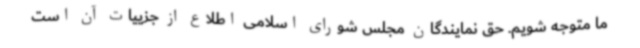
ما متوجه شویم. حق نمایندگان مجلس شورای اسلامی اطلاع از جزییات آن است